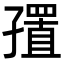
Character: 𪧁